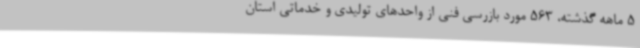
5 ماهه گذشته، 563 مورد بازرسی فنی از واحدهای تولیدی و خدماتی استان